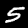
Digit: 5